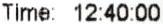
TIME: 12:40:00